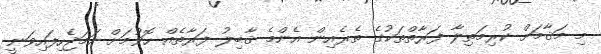
މި މަޤާމަށް ކުރިމަތިލާ ފަރާތްތަކުގެ ތެރެއިން އެންމެ ޤާބިލު ފަރާތެއް ހޮވުމަށް ހަމަޖެހިފައިވަނީ